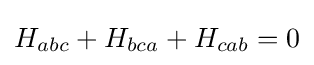
H_{abc}+H_{bca}+H_{cab}=0